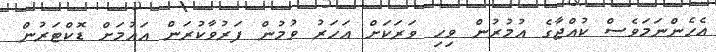
އެހެންނަމަވެސް ކުއްޖާގެ އުމުރުން ވިހި ވަރަކަށް އަހަރު ވުމުން ފަރުވާކުރަން އައުމަށް ޑޮކްޓަރުން